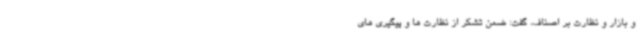
و بازار و نظارت بر اصناف، گفت: ضمن تشکر از نظارت ها و پیگیری های